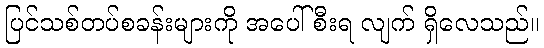
ပြင်သစ်တပ်စခန်းများကို အပေါ်စီးရ လျက် ရှိလေသည်။